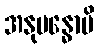
အနုဗန္ဓောပိ